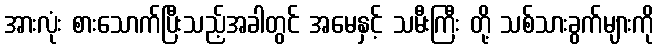
အားလုံး စားသောက်ပြီးသည့်အခါတွင် အမေနှင့် သမီးကြီး တို့ သစ်သားခွက်များကို